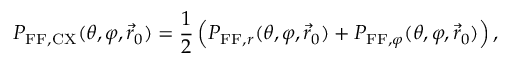
P _ { \mathrm { F F , C X } } ( \theta , \varphi , \vec { r } _ { 0 } ) = \frac { 1 } { 2 } \left( P _ { \mathrm { F F } , r } ( \theta , \varphi , \vec { r } _ { 0 } ) + P _ { \mathrm { F F } , \varphi } ( \theta , \varphi , \vec { r } _ { 0 } ) \right) ,